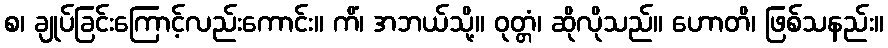
စ၊ ချုပ်ခြင်းကြောင့်လည်းကောင်း။ ကိံ၊ အဘယ်သို့။ ဝုတ္တံ၊ ဆိုလိုသည်။ ဟောတိ၊ ဖြစ်သနည်း။